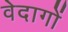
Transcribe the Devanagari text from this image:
वेदागों